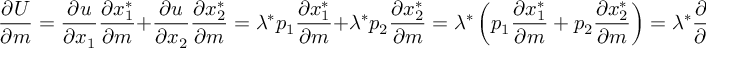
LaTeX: \, \! { \frac { \partial U } { \partial m } } = { \frac { \partial u } { \partial x _ { 1 } } } { \frac { \partial x _ { 1 } ^ { * } } { \partial m } } + { \frac { \partial u } { \partial x _ { 2 } } } { \frac { \partial x _ { 2 } ^ { * } } { \partial m } } = \lambda ^ { * } p _ { 1 } { \frac { \partial x _ { 1 } ^ { * } } { \partial m } } + \lambda ^ { * } p _ { 2 } { \frac { \partial x _ { 2 } ^ { * } } { \partial m } } = \lambda ^ { * } \left( p _ { 1 } { \frac { \partial x _ { 1 } ^ { * } } { \partial m } } + p _ { 2 } { \frac { \partial x _ { 2 } ^ { * } } { \partial m } } \right) = \lambda ^ { * } { \frac { \partial E } { \partial m } } .